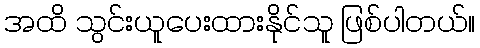
အထိ သွင်းယူပေးထားနိုင်သူ ဖြစ်ပါတယ်။